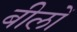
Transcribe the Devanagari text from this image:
बीलों